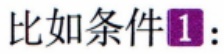
比如条件\textcircled{1}：